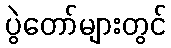
ပွဲတော်များတွင်